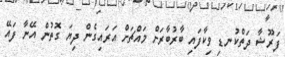
ފަރޫޝާ ދަތްކުނޑި ވިކާފައި ބާރުބާރަށް މައްޗަށް އަރައިގެން ދިޔަ ގޮތުން އޭނާ ފައޭ